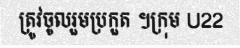
ត្រូវចូលរួមប្រកួត ។ក្រុម U22